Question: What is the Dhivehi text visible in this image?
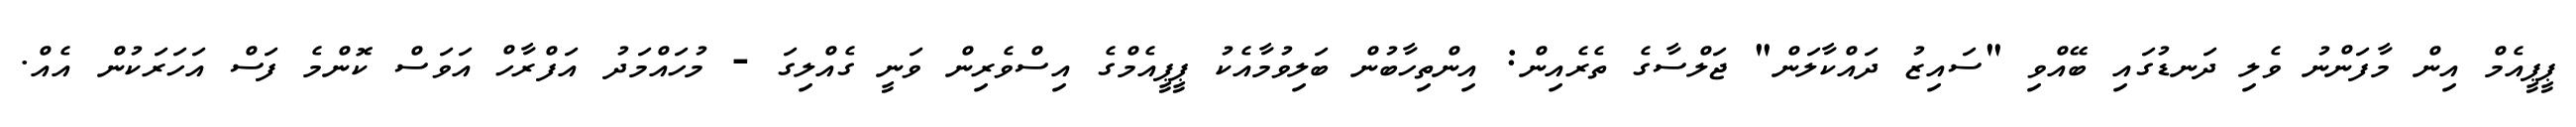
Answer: ޕީޕީއެމް އިން މާފަންނު ވެލި ދަނޑުގައި ބޭއްވި "ސައިޒު ދައްކާލަން" ޖަލްސާގެ ތެރެއިން: އިންތިހާބުން ބަލިވުމާއެކު ޕީޕީއެމްގެ އިސްވެރިން ވަނީ ގެއްލިގަ - މުހައްމަދު އަފްރާހް އަވަސް ކޮންމެ ފަސް އަހަރަކުން އެއް.